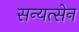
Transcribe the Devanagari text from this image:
सन्यत्सेन